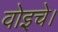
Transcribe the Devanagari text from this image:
वोइचे।